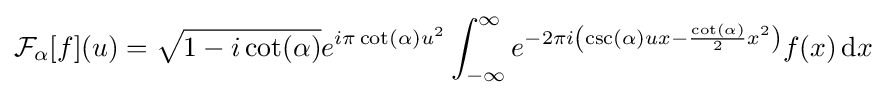
{\mathcal {F}}_{\alpha }[f](u)={\sqrt {1-i\cot(\alpha )}}e^{i\pi \cot(\alpha )u^{2}}\int _{-\infty }^{\infty }e^{-2\pi i\left(\csc(\alpha )ux-{\frac {\cot(\alpha )}{2}}x^{2}\right)}f(x)\,\mathrm {d} x